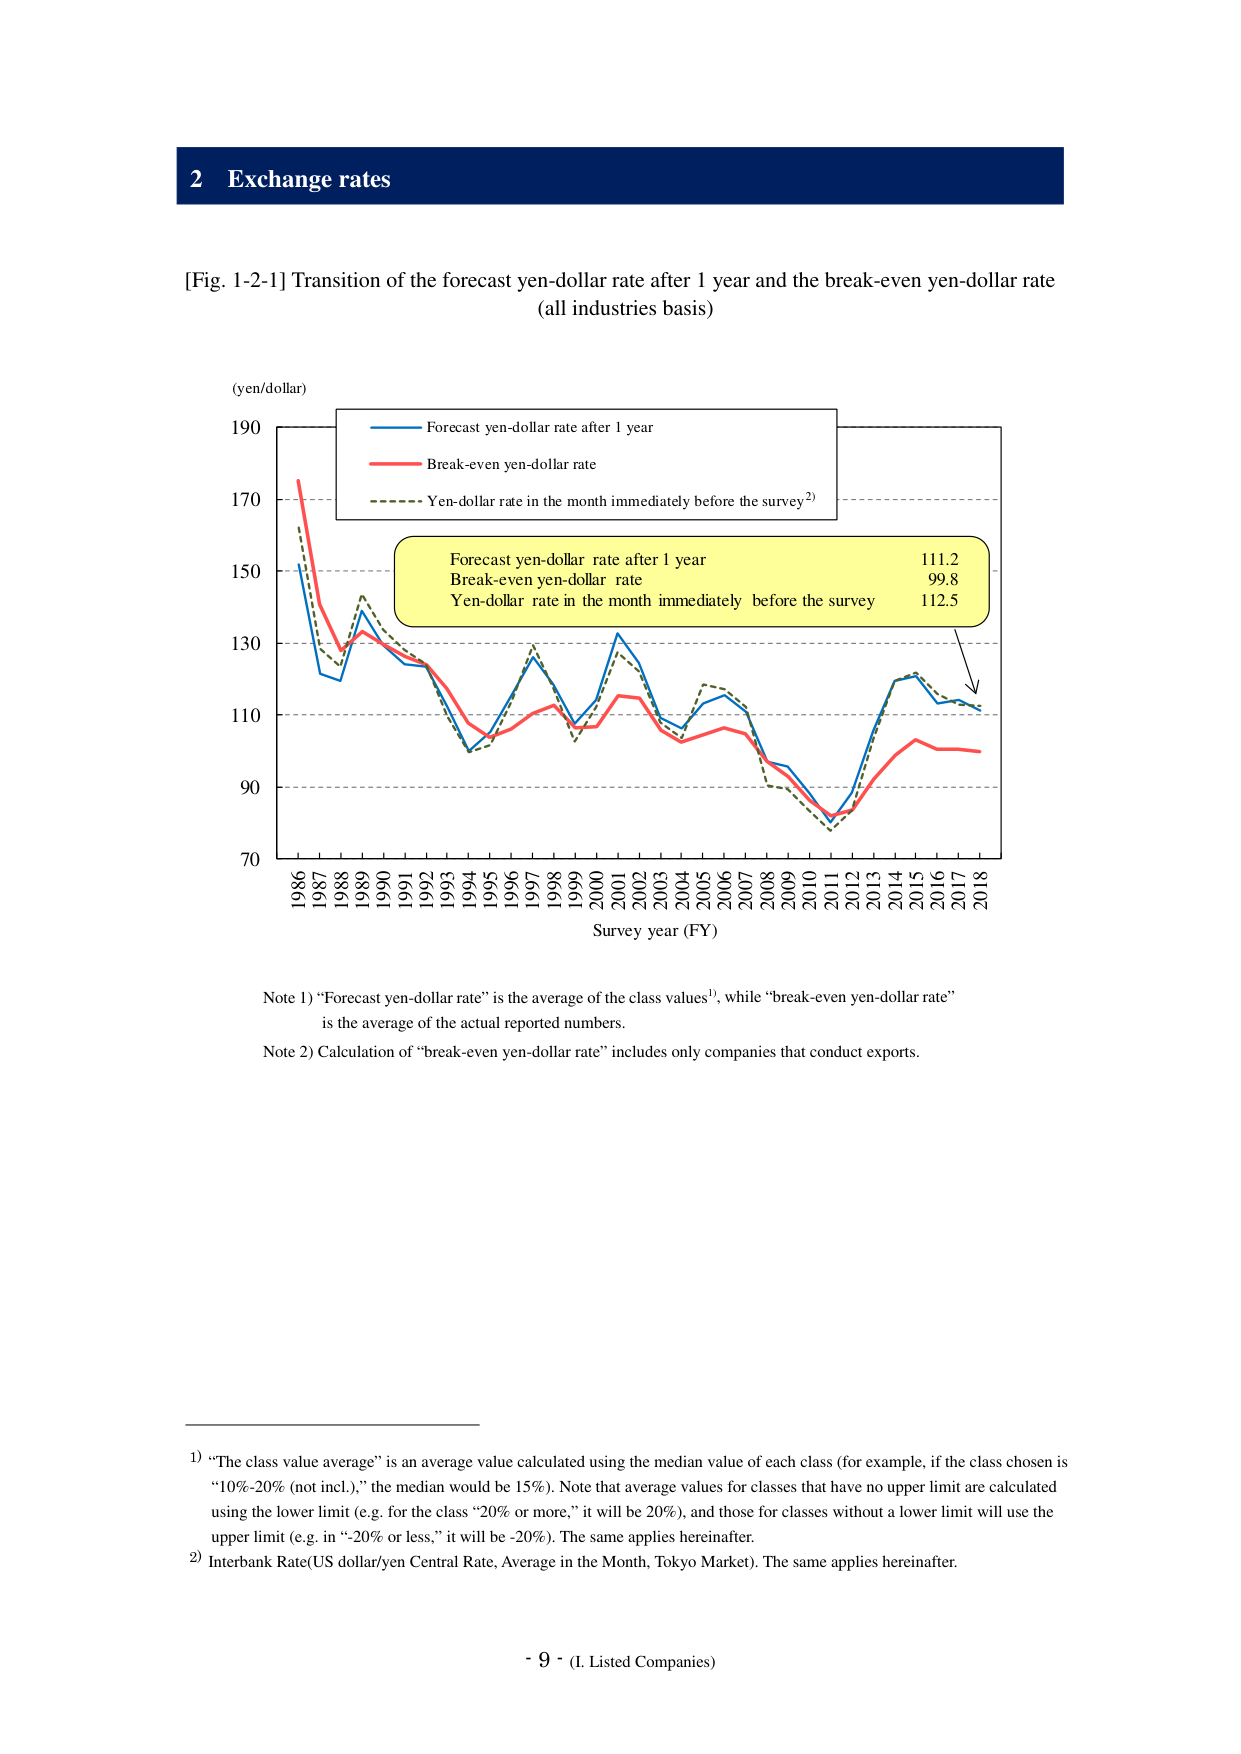
2 Exchange rates

[Fig. 1-2-1] Transition of the forecast yen-dollar rate after 1 year and the break-even yen-dollar rate (all industries basis)

(yen/dollar)

Forecast yen-dollar rate after 1 year
Break-even yen-dollar rate
Yen-dollar rate in the month immediately before the survey²)

Forecast yen-dollar rate after 1 year 111.2
Break-even yen-dollar rate 99.8
Yen-dollar rate in the month immediately before the survey 112.5

1986 1987 1988 1989 1990 1991 1992 1993 1994 1995 1996 1997 1998 1999 2000 2001 2002 2003 2004 2005 2006 2007 2008 2009 2010 2011 2012 2013 2014 2015 2016 2017 2018

Survey year (FY)

Note 1) “Forecast yen-dollar rate” is the average of the class values¹), while “break-even yen-dollar rate” is the average of the actual reported numbers.

Note 2) Calculation of “break-even yen-dollar rate” includes only companies that conduct exports.

¹) “The class value average” is an average value calculated using the median value of each class (for example, if the class chosen is “10%-20% (not incl.),” the median would be 15%). Note that average values for classes that have no upper limit are calculated using the lower limit (e.g. for the class “20% or more,” it will be 20%), and those for classes without a lower limit will use the upper limit (e.g. in “-20% or less,” it will be -20%). The same applies hereinafter.

²) Interbank Rate(US dollar/yen Central Rate, Average in the Month, Tokyo Market). The same applies hereinafter.

- 9 - (I. Listed Companies)